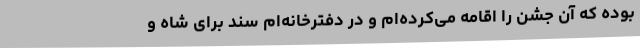
بوده که آن جشن را اقامه می‌کرده‌ام و در دفترخانه‌ام سند برای شاه و